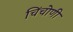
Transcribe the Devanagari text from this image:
चिंचोणी